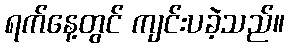
ရက်နေ့တွင် ကျင်းပခဲ့သည်။